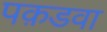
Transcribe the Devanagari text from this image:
पक़डवा